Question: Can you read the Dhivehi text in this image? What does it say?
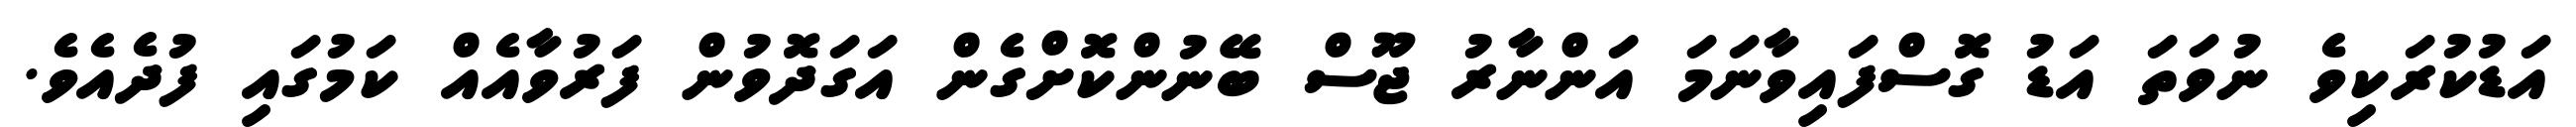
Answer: އަޑުކުރަކިވެ ނުވަތަ އަޑު ގޮސްފައިވާނަމަ އަންނާރު ޖޫސް ބޭނުންކޮށްގެން އަގަދޮވުން ފަރުވާއެއް ކަމުގައި ފުދެއެވެ.